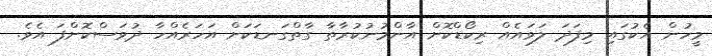
މީހުން އެކުގައި މިފަދަ ލަވައެއް ރިކޯޑްކޮށް އާންމުނުކުރާތާ ގާތްގަނޑަކަށް އަހަރެއްހާ ދުވަސްކޮށްފަ އެވެ.